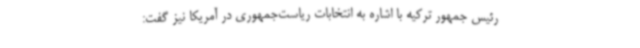
رئیس جمهور ترکیه با اشاره به انتخابات ریاست‌جمهوری در آمریکا نیز گفت: